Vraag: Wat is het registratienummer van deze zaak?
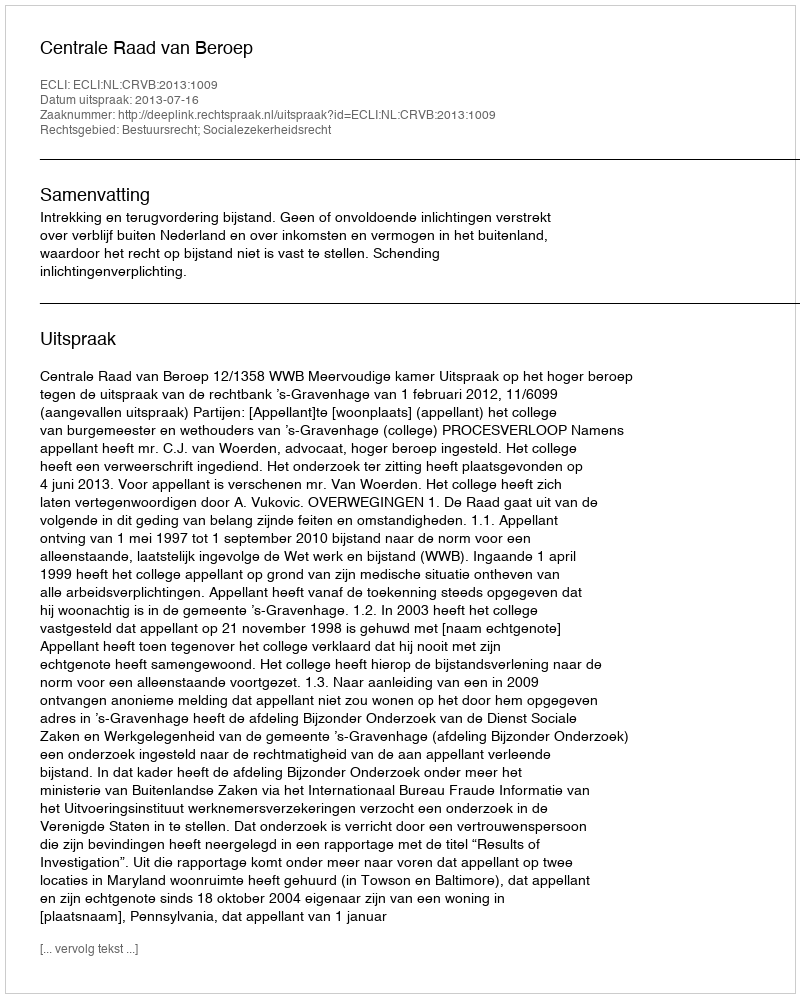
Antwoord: http://deeplink.rechtspraak.nl/uitspraak?id=ECLI:NL:CRVB:2013:1009